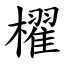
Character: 櫂